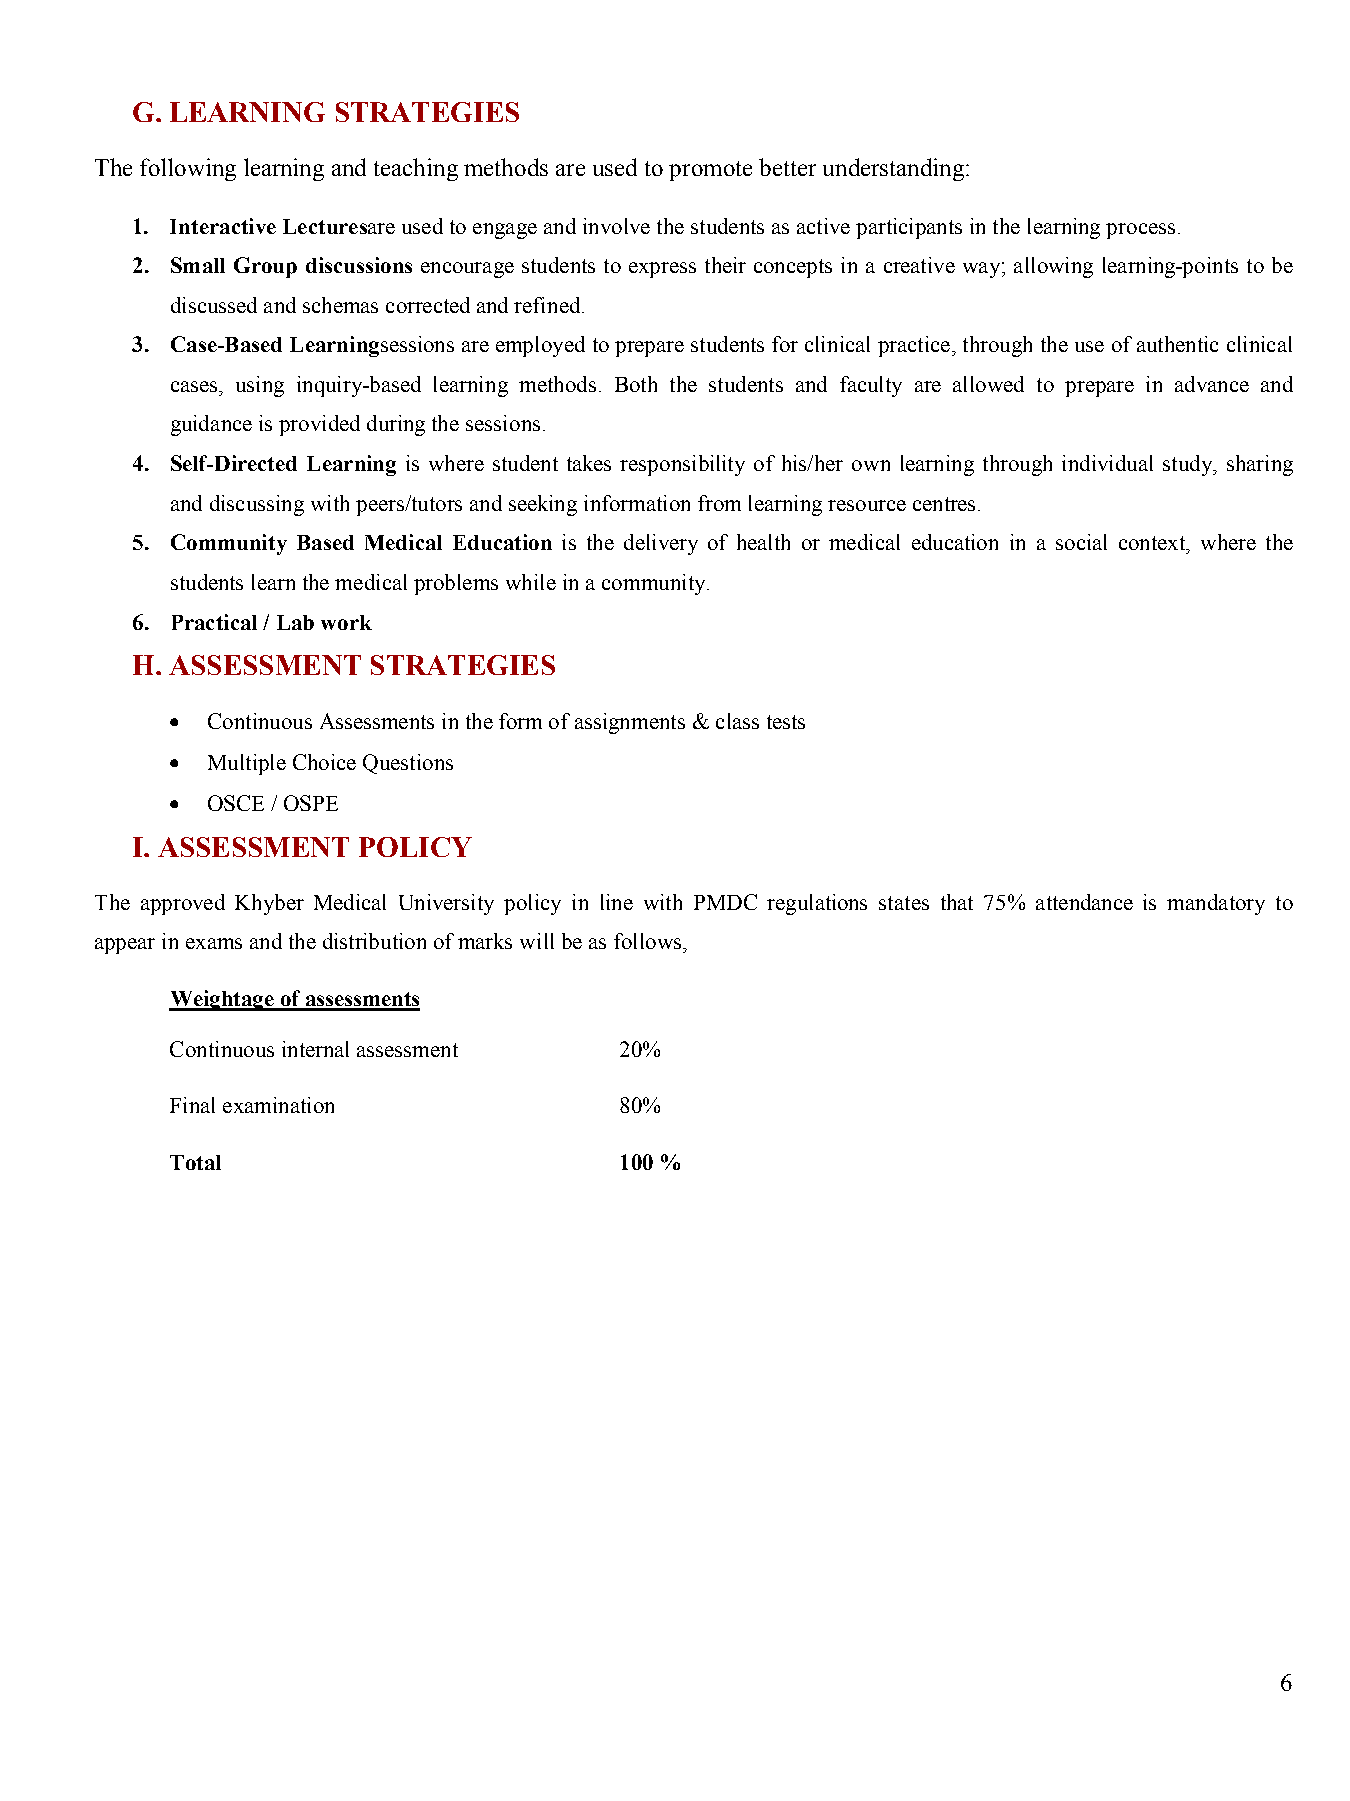
G. LEARNING  STRATEGIES
 The following learning and teaching methods are used to promote better understanding:
 1. Interactive Lecturesare used to engage and involve the students as active participants in the learning process.
 2. Small Group discussions encourage students to express their concepts in a creative way; allowing learning-points to be
 discussed and schemas corrected and refined.
 3. Case-Based Learningsessions are employed to prepare students for clinical practice, through the use of authentic clinical
 cases, using inquiry-based learning methods. Both the students and faculty are allowed to prepare in advance and
 guidance is provided during the sessions.
 4. Self-Directed Learning is where student takes responsibility of his/her own learning through individual study, sharing
 and discussing with peers/tutors and seeking information from learning resource centres.
 5. Community Based Medical Education is the delivery of health or medical education in a social context, where the
 students learn the medical problems while in a community.
 6. Practical / Lab work
 H. ASSESSMENT  STRATEGIES
 •  Continuous Assessments in the form of assignments & class tests
 •  Multiple Choice Questions
 •  OSCE / OSPE
 I. ASSESSMENT  POLICY
 The approved Khyber Medical University policy in line with PMDC regulations states that 75% attendance is mandatory to
 appear in exams and the distribution of marks will be as follows,
 Weightage of assessments
 Continuous internal assessment 20%
 Final examination             80%
 Total                         100 %
 6